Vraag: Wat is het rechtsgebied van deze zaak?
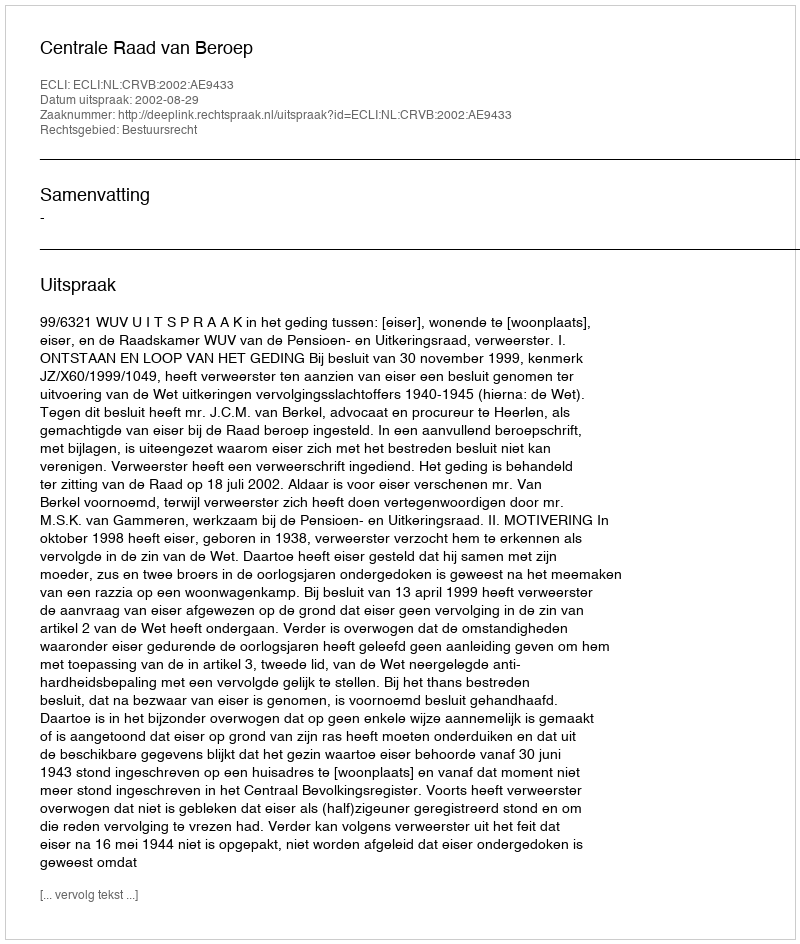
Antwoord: Bestuursrecht